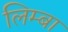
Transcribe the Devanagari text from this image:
लिम्बा